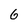
Character: 6